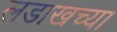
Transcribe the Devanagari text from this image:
लडाखच्या